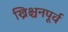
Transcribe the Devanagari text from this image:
ख्रिश्चनपूर्व